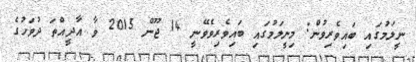
ނީލަމުގައި ބައިވެރިވުން: މިނީލަމުގައި ބައިވެރިވެވޭނީ 14 ޖޫން 2015 ވާ އާދީއްތަ ދުވަހުގެ